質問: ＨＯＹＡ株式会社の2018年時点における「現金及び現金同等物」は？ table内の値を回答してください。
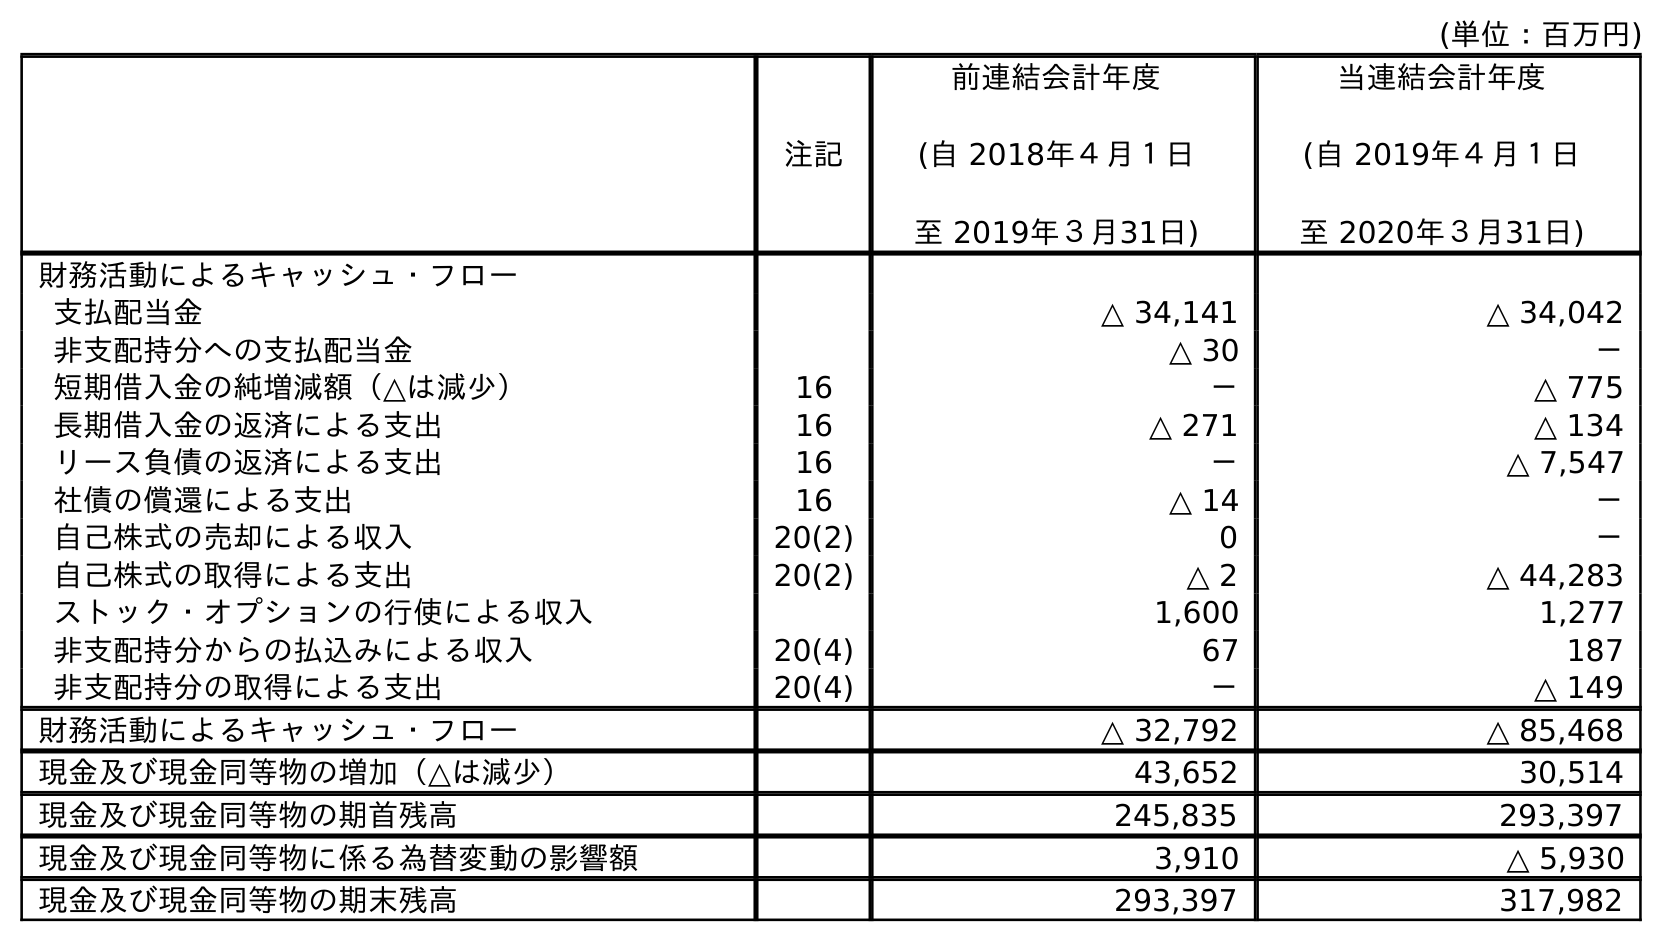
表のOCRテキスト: (単位：百万円) 注記 前連結会計年度 (自 2018年４月１日 至 2019年３月31日) 当連結会計年度 (自 2019年４月１日 至 2020年３月31日) 財務活動によるキャッシュ・フロー 支払配当金 △ 34,141 △ 34,042 非支配持分への支払配当金 △ 30 － 短期借入金の純増減額（△は減少） 16 － △ 775 長期借入金の返済による支出 16 △ 271 △ 134 リース負債の返済による支出 16 － △ 7,547 社債の償還による支出 16 △ 14 － 自己株式の売却による収入 20(2) 0 － 自己株式の取得による支出 20(2) △ 2 △ 44,283 ストック・オプションの行使による収入 1,600 1,277 非支配持分からの払込みによる収入 20(4) 67 187 非支配持分の取得による支出 20(4) － △ 149 財務活動によるキャッシュ・フロー △ 32,792 △ 85,468 現金及び現金同等物の増加（△は減少） 43,652 30,514 現金及び現金同等物の期首残高 245,835 293,397 現金及び現金同等物に係る為替変動の影響額 3,910 △ 5,930 現金及び現金同等物の期末残高 293,397 317,982
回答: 245,835